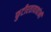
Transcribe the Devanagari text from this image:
फुटीरतावाद्यांनी